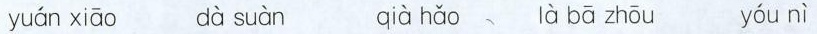
yuán xiāo dà suàn qià hǎo là bā zhōu yóu nì